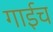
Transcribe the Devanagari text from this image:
गाईच